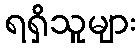
ရရှိသူများ